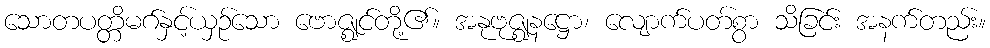
သောတပတ္တိမဂ်နှင့်ယှဉ်သော ဗောဇ္ဈင်တို့၏။ အနုဗုဇ္ဈနဋ္ဌော၊ လျောက်ပတ်စွာ သိခြင်း အနက်တည်း။